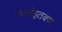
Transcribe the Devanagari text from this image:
कमरेइतक्या